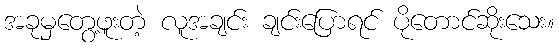
အခုမှတွေ့ဖူးတဲ့ လူအချင်း ချင်းပြောရင် ပိုတောင်ဆိုးသေး။